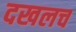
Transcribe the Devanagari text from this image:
दखलच